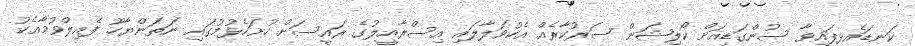
ކަނޑައެޅިފައިވާ ސުންގަޑިއަށް ކޯލިޝަން ސަރުކާރެއް އެކުވަލާލައި އިސްރާއީލުގެ ރައީސަށް ހުށަހެޅުމުގައި ނަތަންޔާހޫ ފެއިލްވުމާއެކު